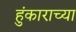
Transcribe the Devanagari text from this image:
हुंकाराच्या